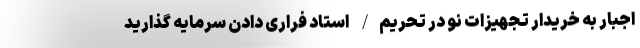
اجبار به خریدار تجهیزات نو در تحریم/ استاد فراری دادن سرمایه گذارید